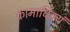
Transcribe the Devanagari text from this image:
कामाधिक्यं